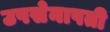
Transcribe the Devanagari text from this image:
उपसेनापती